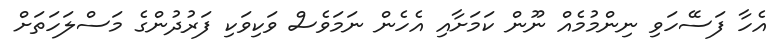
އެހާ ފަސޭހަވި ނިންމުމެއް ނޫން ކަމަށާއި އެހެން ނަމަވެސް ވަކިވަކި ފަރުދުންގެ މަސްލަހަތަށް